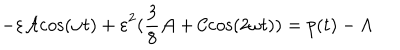
{ - \varepsilon { \cal A } \mathrm { c } \mathrm { o } \mathrm { s } ( \omega t ) + \varepsilon } ^ { 2 } ( { \frac { 3 } { 8 } } { \cal A } + { \cal C } \mathrm { c } \mathrm { o } \mathrm { s } ( 2 \omega t ) ) = p ( t ) - \Lambda